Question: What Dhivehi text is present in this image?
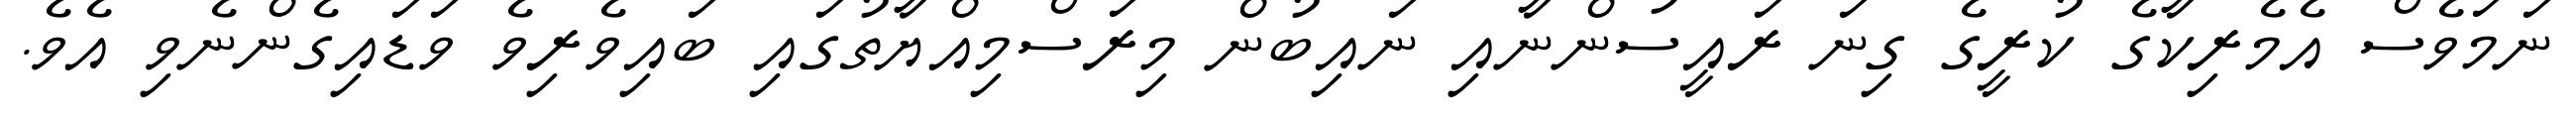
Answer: ނަމަވެސް އެމެރިކާގެ ކުރީގެ ގިނަ ރައީސުންނާއި ނައިބުން މިރަސްމިއްޔާތުގައި ބައިވެރިވެ ވަޑައިގެންނެވި އެވެ.